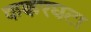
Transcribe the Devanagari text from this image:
ककरघटा